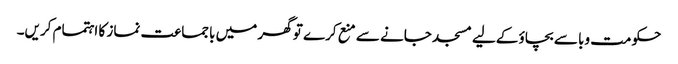
حکومت وبا سے بچاؤ کےلیے مسجد جانے سے منع کرے تو گھر میں باجماعت نماز کا اہتمام کریں۔